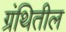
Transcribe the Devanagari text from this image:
ग्रंथितील